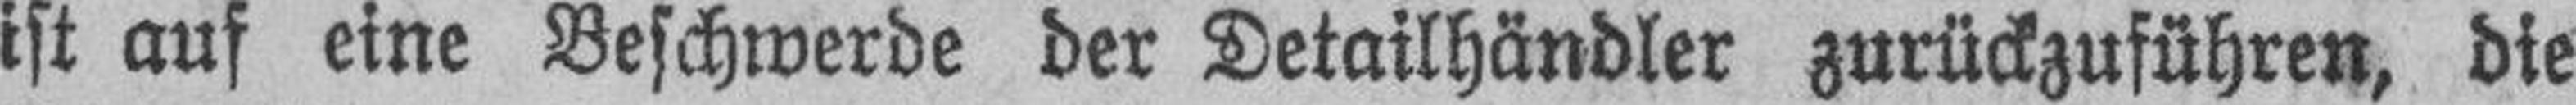
ist auf eine Beschwerde der Detailhändler zurückzuführen, die